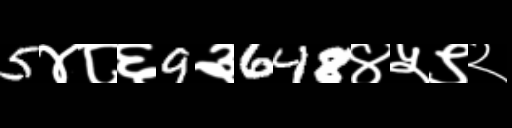
Text: 5४८६9३648४५९२